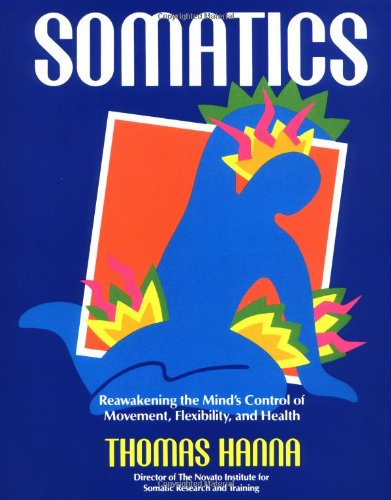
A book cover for Somatics: Reawakening The Mind's Control Of Movement, Flexibility, And Health; Thomas Hanna; Medical Books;